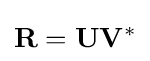
\mathbf {R} =\mathbf {U} \mathbf {V} ^{*}